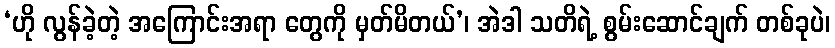
‘ဟို လွန်ခဲ့တဲ့ အကြောင်းအရာ တွေကို မှတ်မိတယ်’၊ အဲဒါ သတိရဲ့ စွမ်းဆောင်ချက် တစ်ခုပဲ၊